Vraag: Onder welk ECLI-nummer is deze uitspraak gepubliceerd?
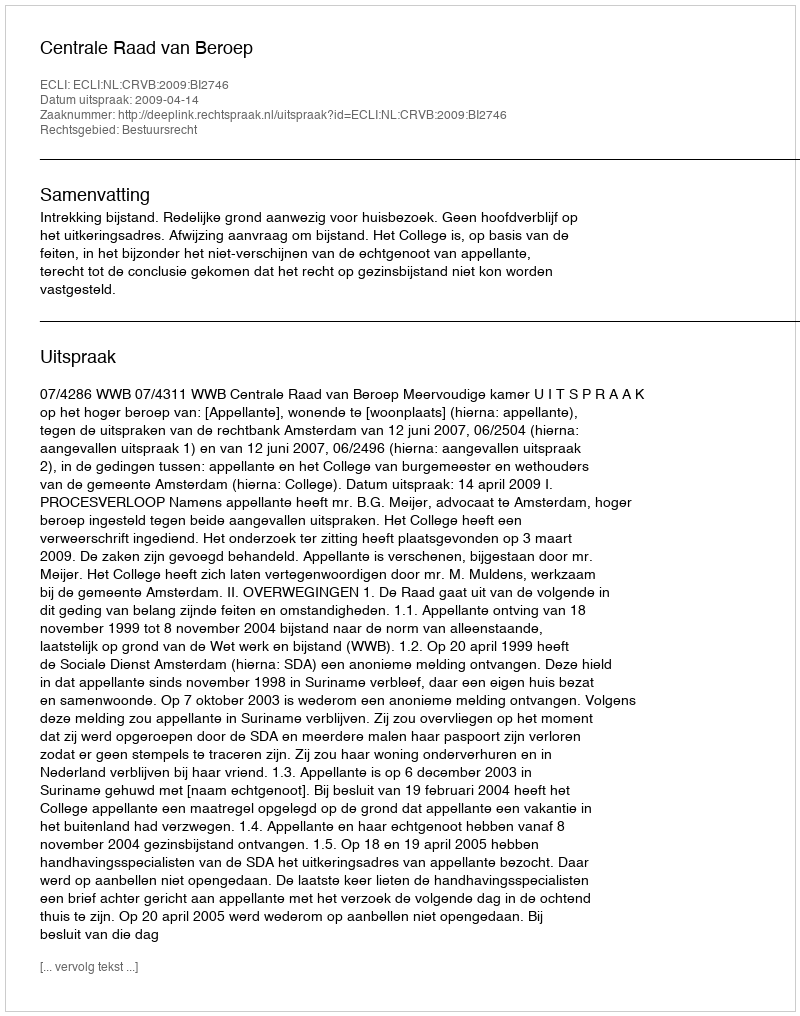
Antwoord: ECLI:NL:CRVB:2009:BI2746